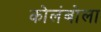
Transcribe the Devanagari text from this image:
कोलंबोला